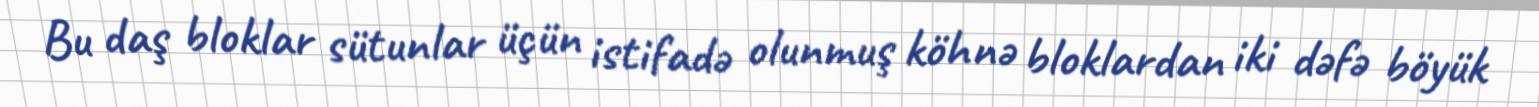
Bu daş bloklar sütunlar üçün istifadə olunmuş köhnə bloklardan iki dəfə böyük